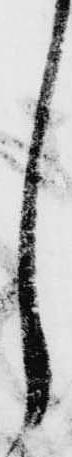
し